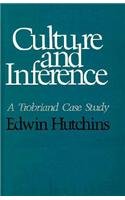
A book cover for Culture and Inference: A Trobriand Case Study (Cognitive Science Series); Edwin Hutchins; History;